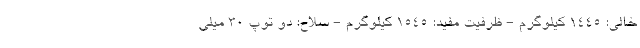
خالی: 1445 کیلوگرم - ظرفیت مفید: 1545 کیلوگرم - سلاح: دو توپ 30 میلی